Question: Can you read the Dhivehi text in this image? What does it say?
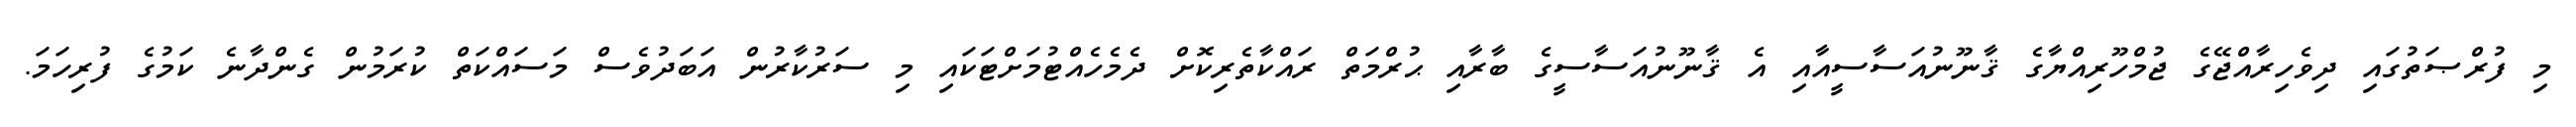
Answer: މި ފުރްޞަތުގައި ދިވެހިރާއްޖޭގެ ޖުމްހޫރިއްޔާގެ ޤާނޫނުއަސާސީއާއި އެ ޤާނޫނުއަސާސީގެ ބާރާއި ޙުރްމަތް ރައްކާތެރިކޮށް ދެމެހެއްޓުމަށްޓަކައި މި ސަރުކާރުން އަބަދުވެސް މަސައްކަތް ކުރަމުން ގެންދާނެ ކަމުގެ ފުރިހަމަ.